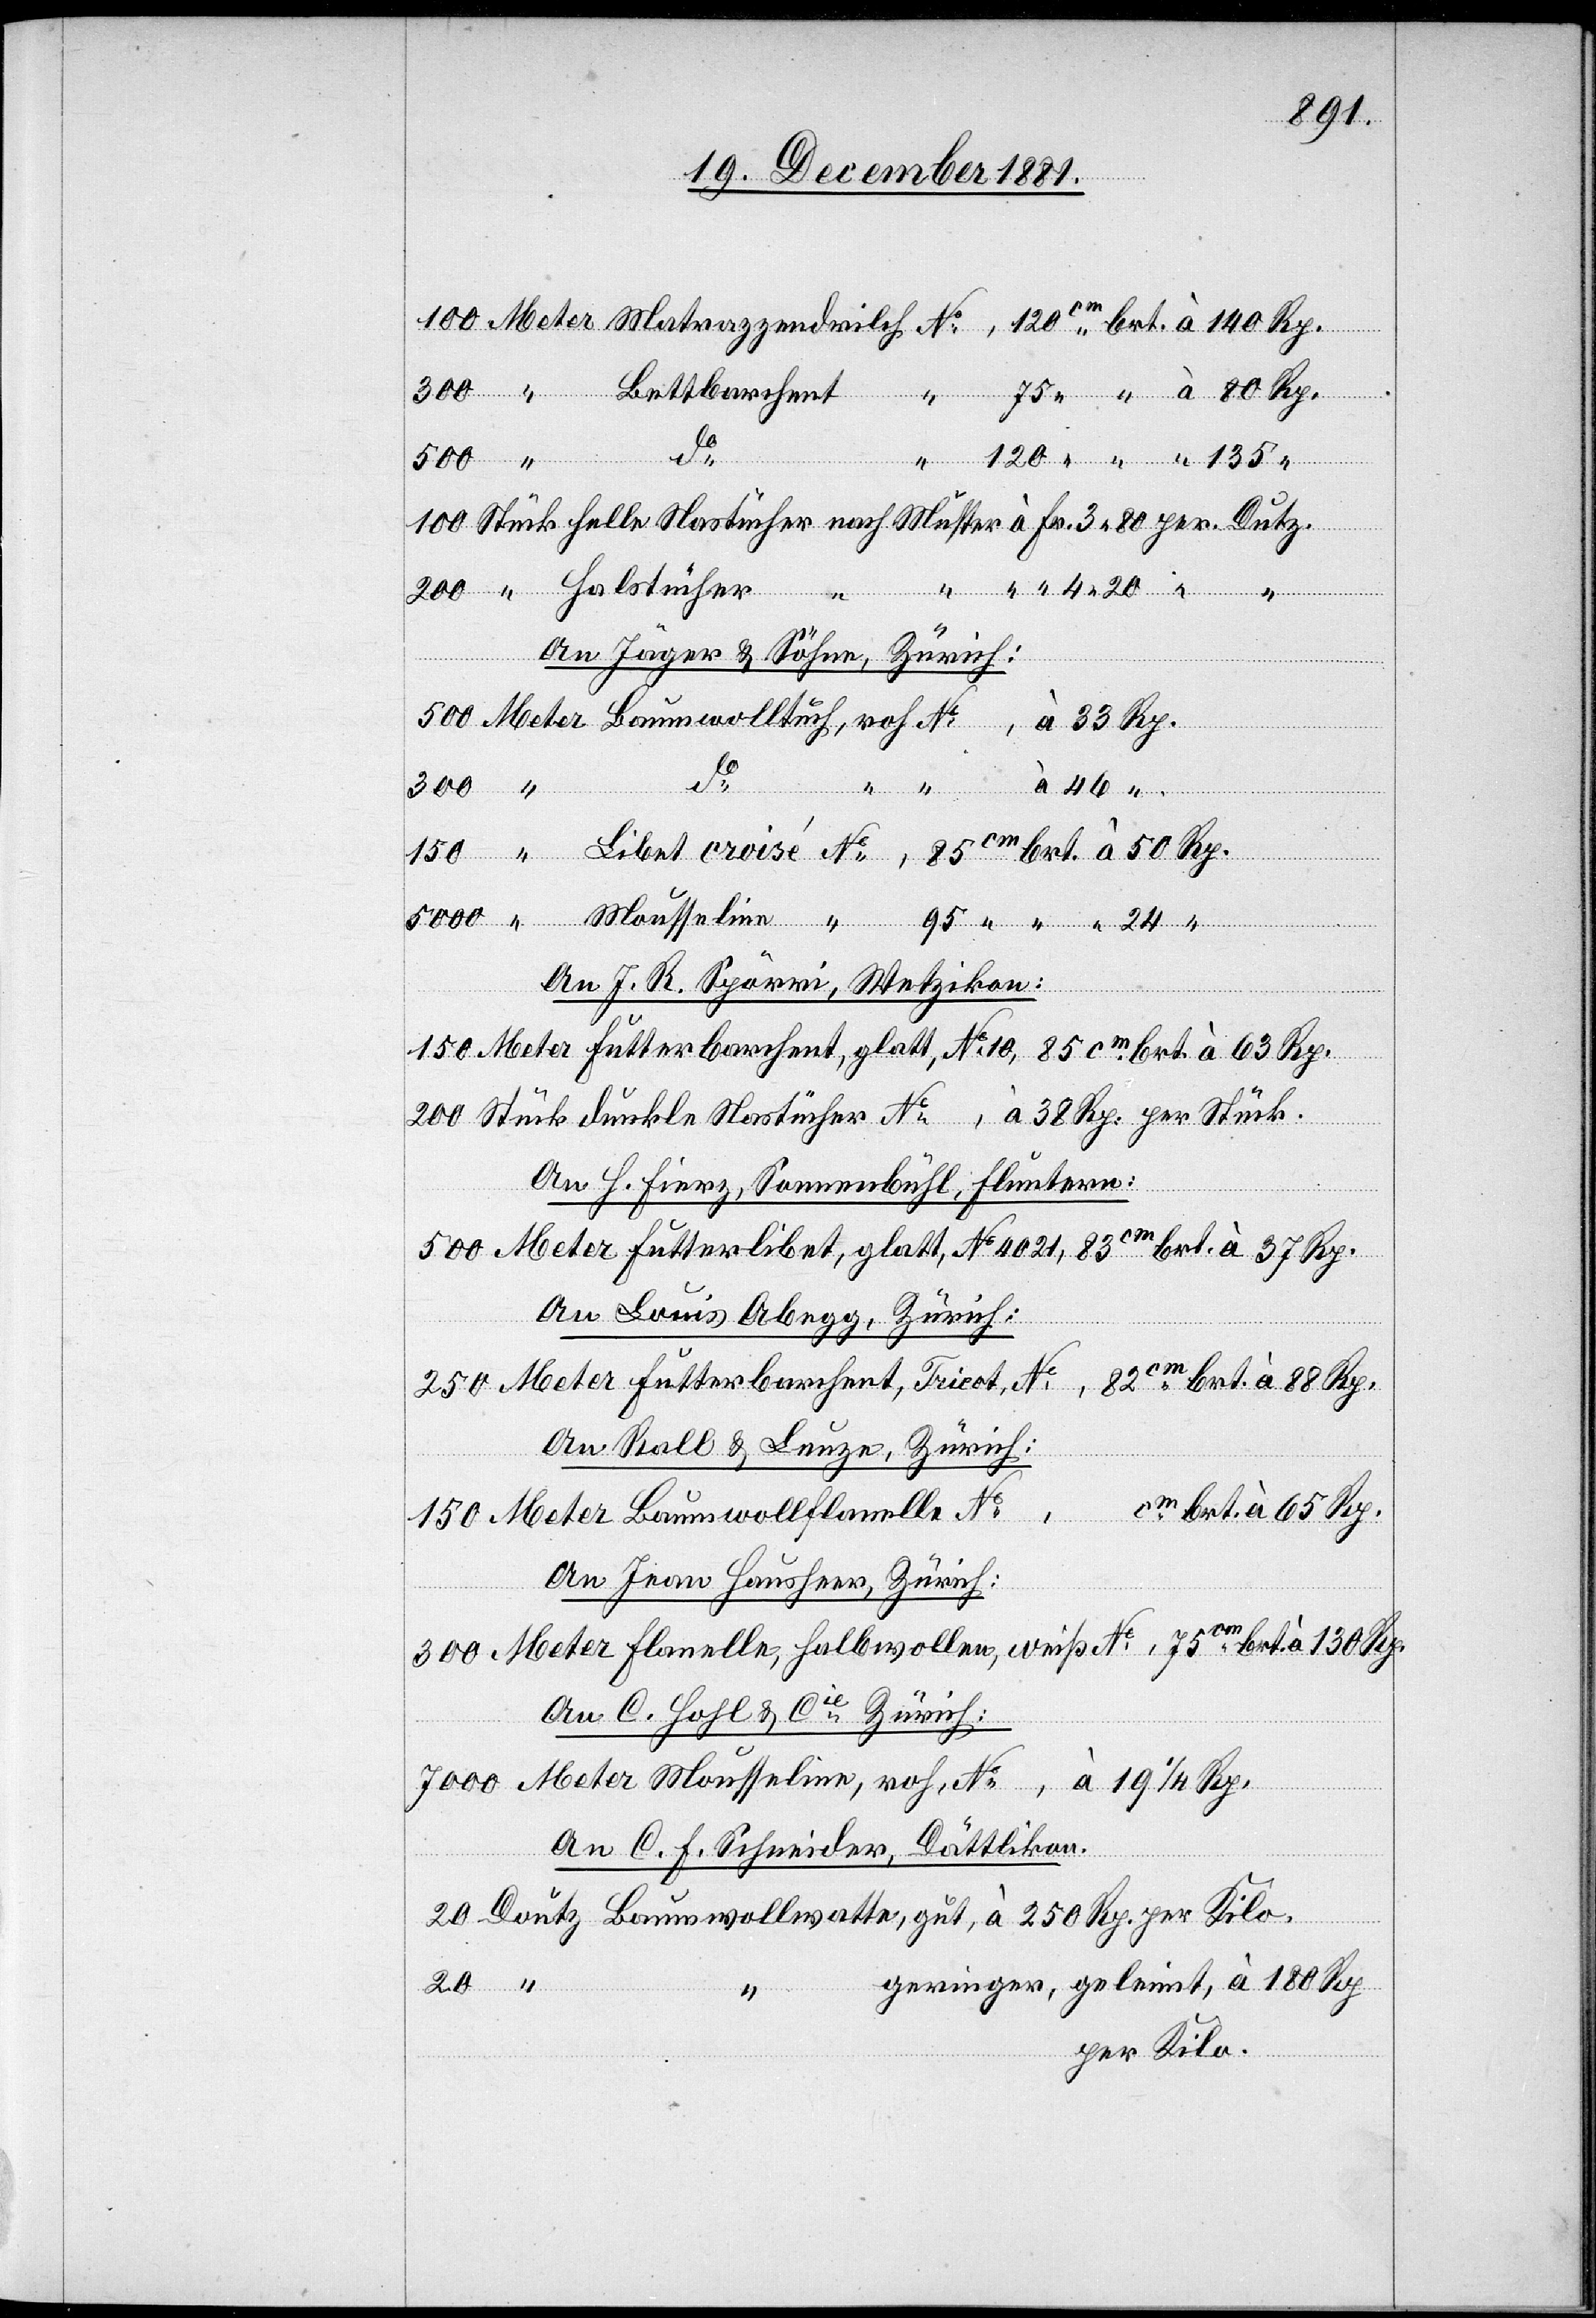
…, 75 “ “ à 80 Rp.
5000
An Jäger & Söhne, Zürich:
….,
Rp.
à 46 “
250
An J. R. Spörri, Wetzikon:
150 Meter Futter barchent, glatt, No 10, 85cm brt. à 63 Rp.
200 Stück dunkle Nastücher No …, à 38 Rp. per Stück.
An H. Fierz, Sonnenbühl, Fluntern:
500 Meter Futterlibet, glatt, No 4021, 83cm brt. à 37 Rp.
An Louis Abegg, Zürich:
250 Metter Futter Barchert, Fricot, No …, 82cm brt. à 88 Rp.
An Roll & Lunze, Zürich:
150 Meter Baumwollflanelle No …, …cm brt. à 65 Rp.
An Jean Hausheer, Zürich:
300 Meter Flanelle, halbwollen, weiß No …, 75cm brt. à 130 Rp.
An C. Hohl & Cie Zürich:
7000 Meter Mousseline, roh, No …, à 19 1/4 Rp.
An C. F. Schneider, Dättlikon.
geringer, geleimt, à 180 Rp.
140
per Kilo.